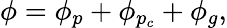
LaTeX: \phi=\phi_{p}+\phi_{p_{c}}+\phi_{g},